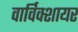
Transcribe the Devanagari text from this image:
वार्विक्शायर